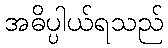
အဓိပ္ပါယ်ရသည်